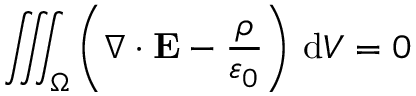
\iiint _ { \Omega } \left( \nabla \cdot \mathbf { E } - { \frac { \rho } { \varepsilon _ { 0 } } } \right) \, \mathrm { d } V = 0